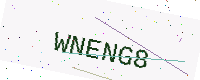
Text: WNENG8